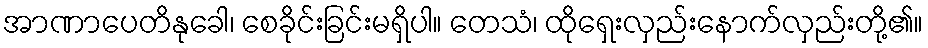
အာဏာပေတိနုခေါ၊ စေခိုင်းခြင်းမရှိပါ။ တေသံ၊ ထိုရှေးလှည်းနောက်လှည်းတို့၏။